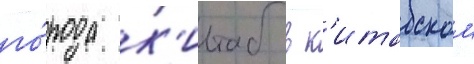
го́рода к'итаб в к'итабском